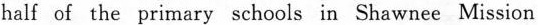
About half of the primary schools in Shawnee Mission